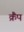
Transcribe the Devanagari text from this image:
क्रैंप